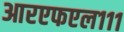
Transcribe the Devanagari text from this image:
आरएफएल१११